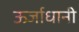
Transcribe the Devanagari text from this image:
ऊर्जाधानी